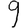
Digit: 9